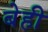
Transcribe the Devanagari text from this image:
बेही